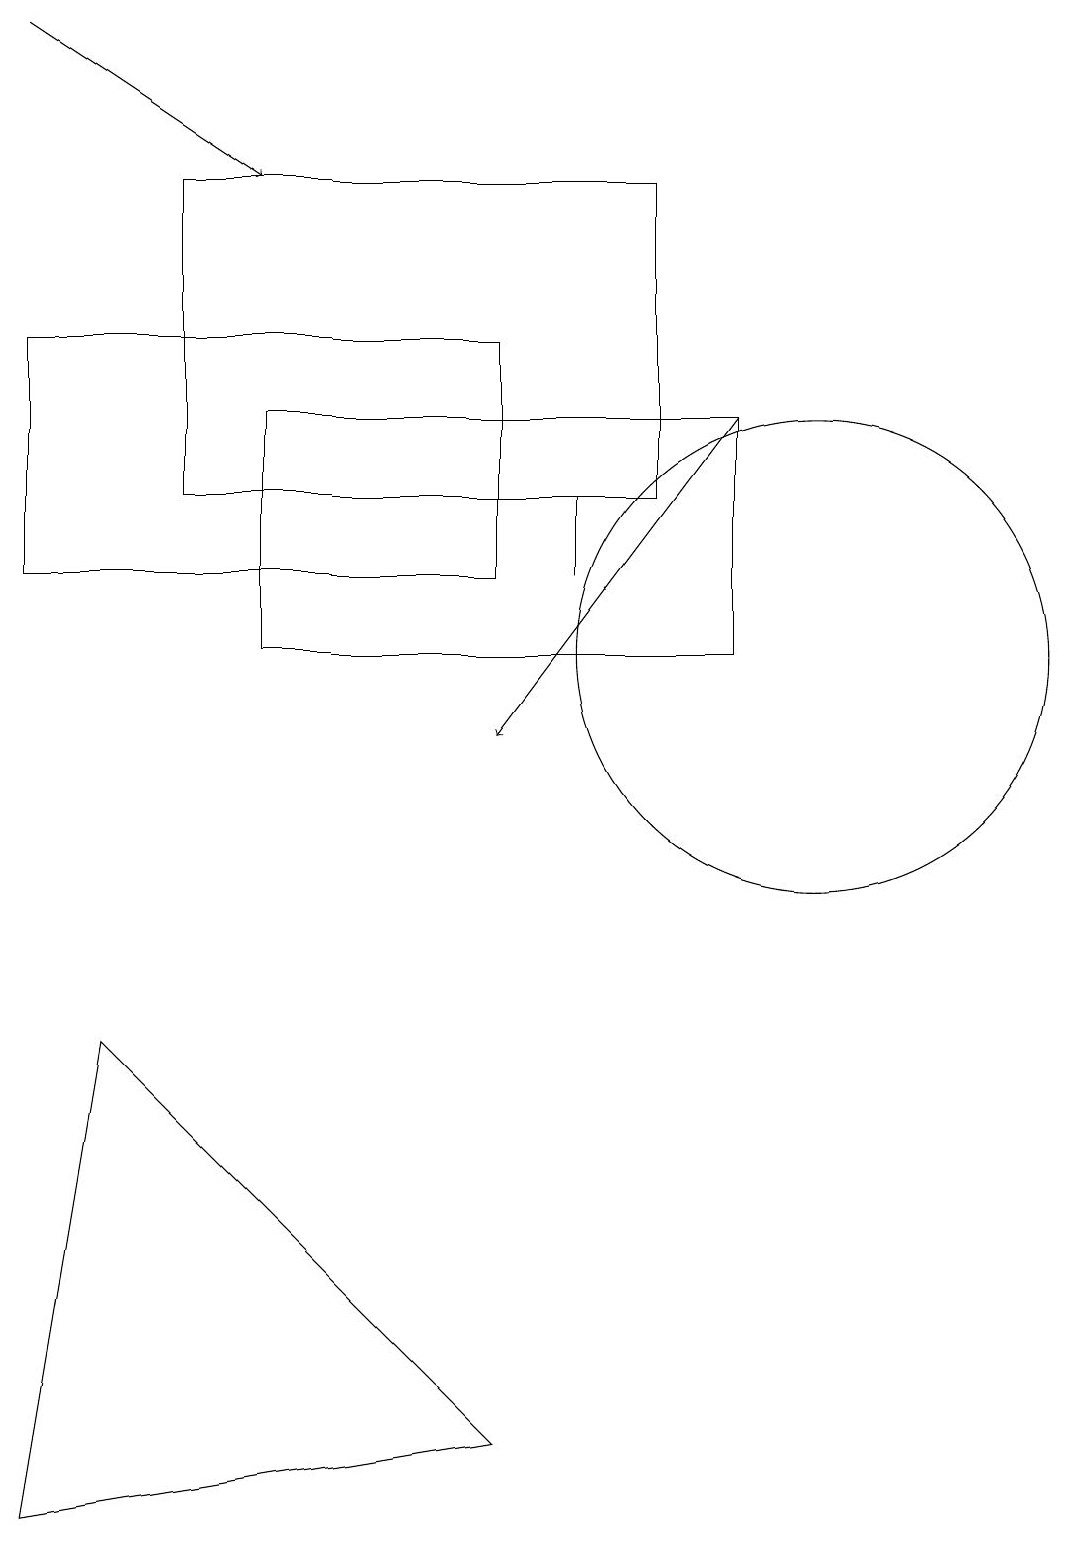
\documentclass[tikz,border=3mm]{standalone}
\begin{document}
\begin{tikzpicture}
\draw (6,15) rectangle (0,12);
\draw (0,0) -- (6,1) -- (1,6) -- cycle;
\draw[->] (9,14) -- (6,10);
\draw (7,13) rectangle (7,12);
\draw (2,17) rectangle (8,13);
\draw (9,14) rectangle (3,11);
\draw[->] (0,19) -- (3,17);
\draw (10,11) circle (3);
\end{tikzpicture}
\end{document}